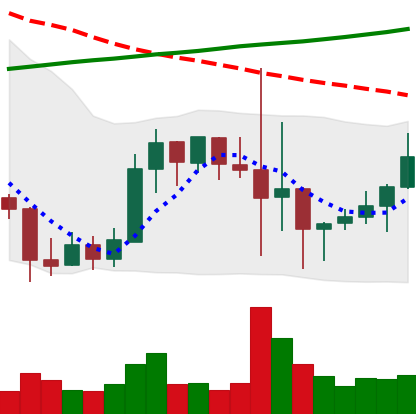
Ticker: LINK-USD
Chart end date: 2019-10-01
Forward return: 18.963%
Label: up_7plus